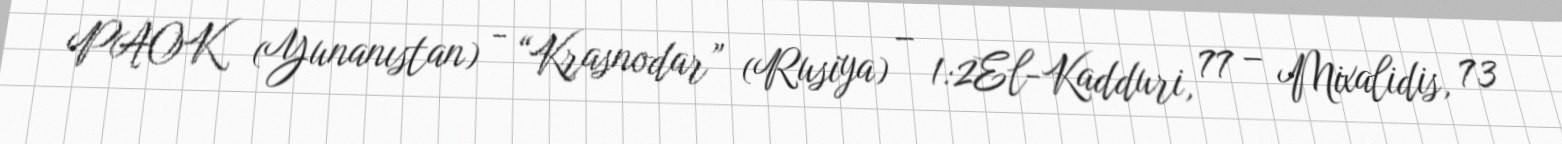
PAOK (Yunanıstan) - “Krasnodar” (Rusiya) – 1:2El-Kadduri, 77 – Mixalidis, 73